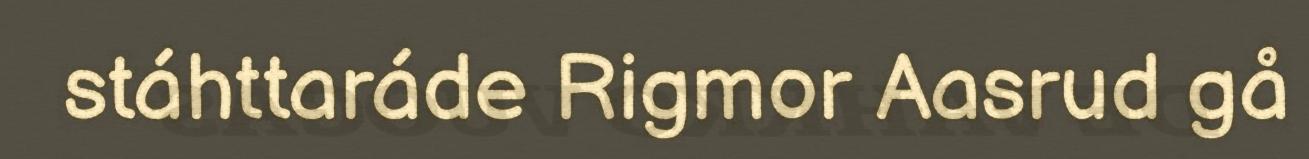
stáhttaráde Rigmor Aasrud gå